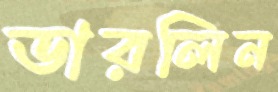
ডারলিন